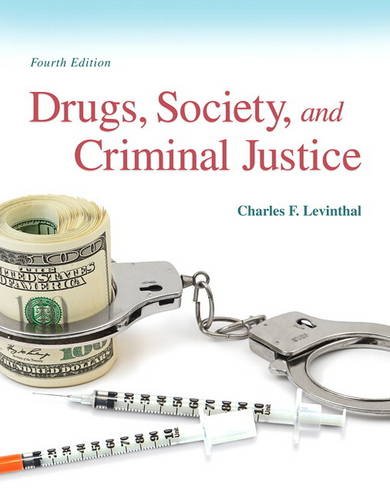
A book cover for Drugs, Society and Criminal Justice (4th Edition); Charles F. Levinthal; Law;